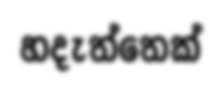
හදැත්තෙක්